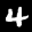
Label: 4